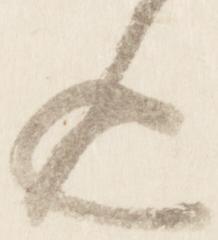
逅